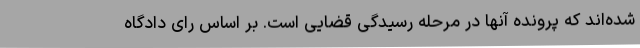
شده‌اند که پرونده آنها در مرحله رسیدگی قضایی است. بر اساس رای دادگاه